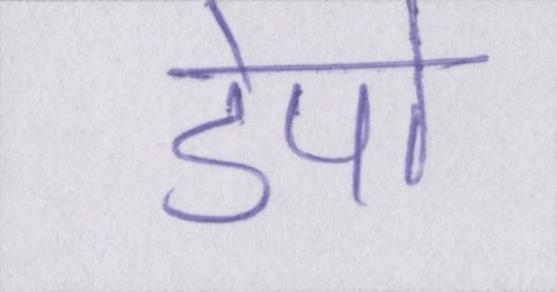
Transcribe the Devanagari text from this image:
डेपो